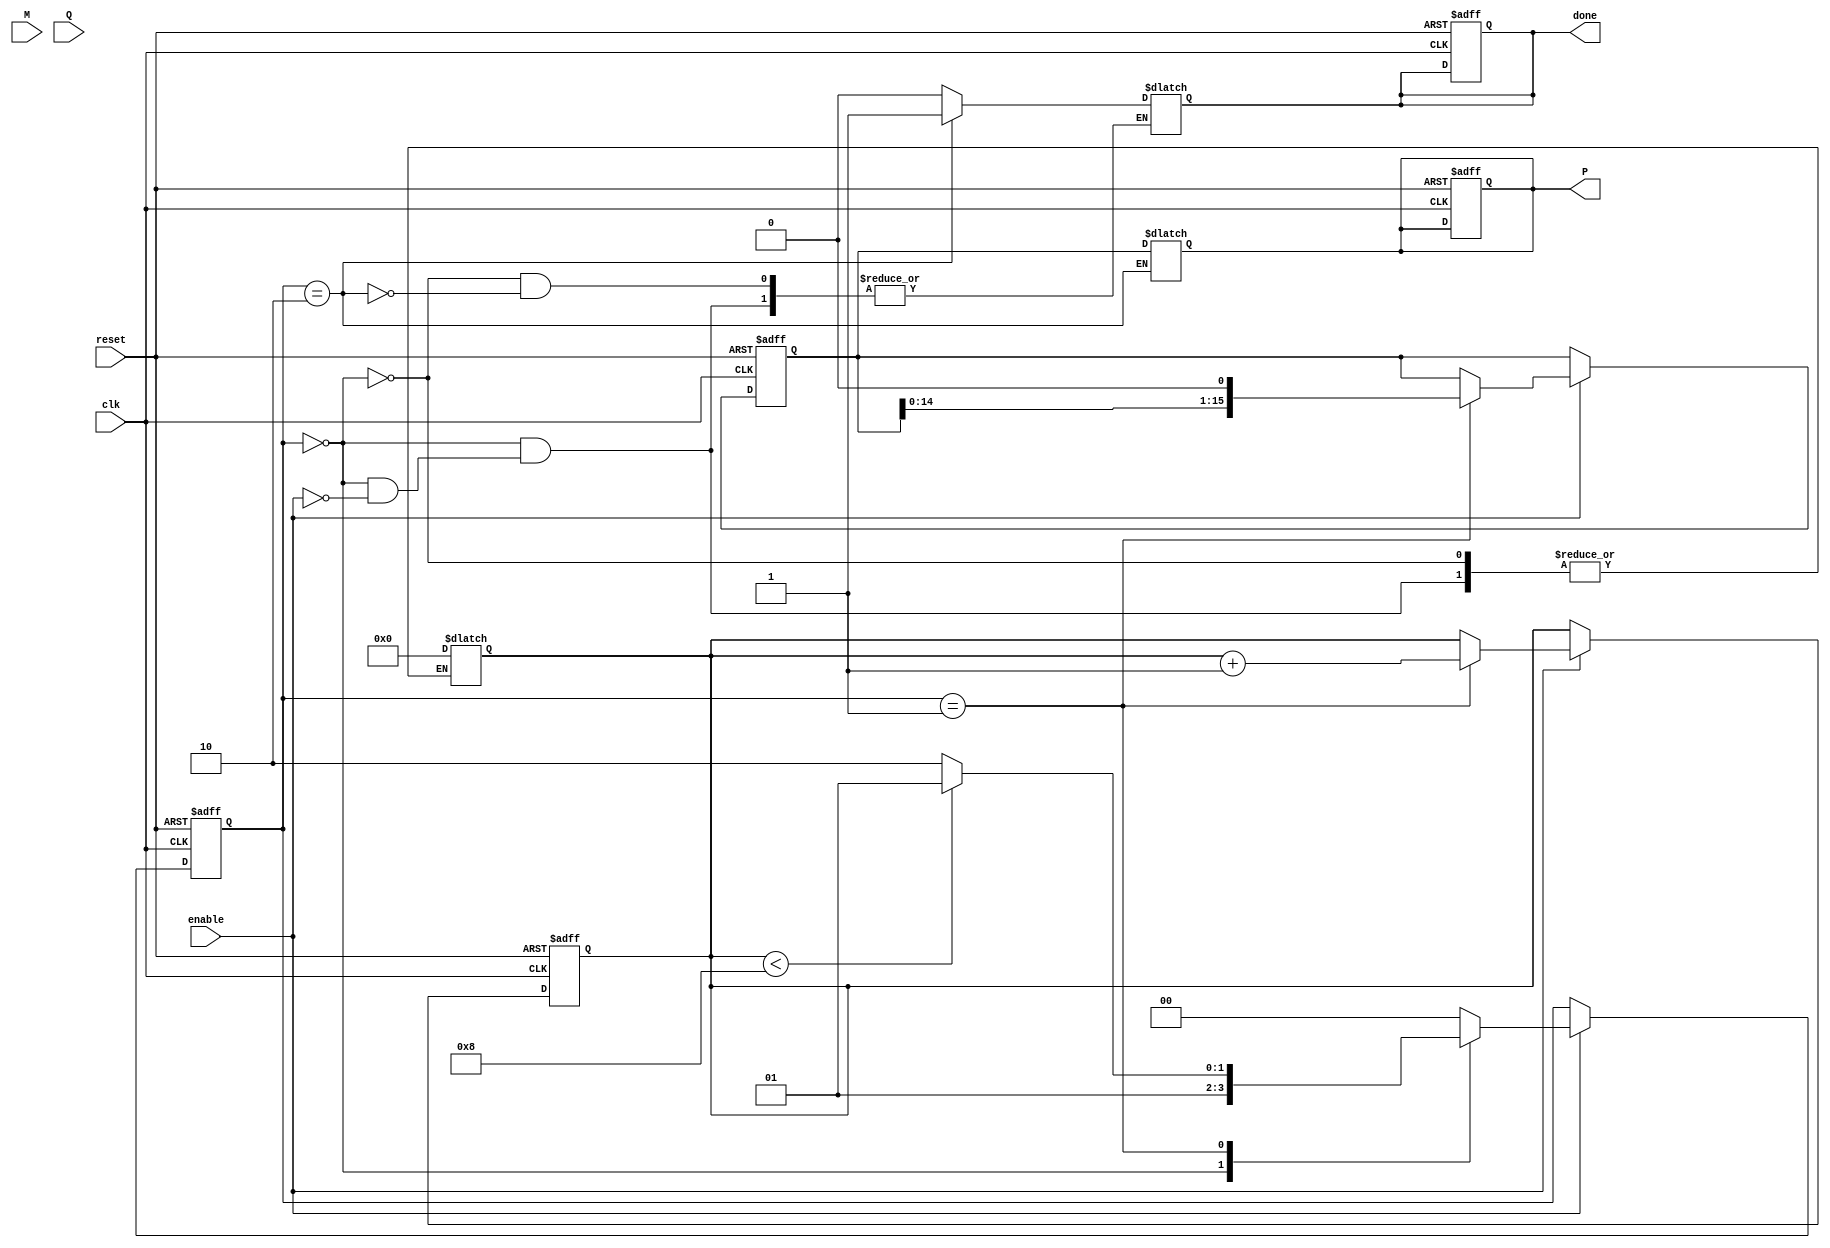
module modified_booth_multiplier #(
    parameter WIDTH = 8 // Bit-width of the operands
)(
    input wire clk,
    input wire reset,
    input wire enable,
    input wire signed [WIDTH-1:0] M, // Multiplicand
    input wire signed [WIDTH-1:0] Q, // Multiplier
    output reg signed [2*WIDTH-1:0] P, // Product
    output reg done // Status signal to indicate completion
);

    reg signed [WIDTH-1:0] M_reg;
    reg signed [WIDTH:0] Q_reg; // Extended for Booth encoding
    reg signed [2*WIDTH-1:0] PP_acc; // Partial product accumulator
    reg [2:0] booth_code; // Booth encoding
    reg [3:0] count; // Count for the number of bits processed

    // State machine for processing
    localparam IDLE = 2'b00, PROCESS = 2'b01, DONE = 2'b10;
    reg [1:0] state, next_state;

    // Booth encoding and partial product generation
    always @(posedge clk or posedge reset) begin
        if (reset) begin
            state <= IDLE;
            P <= 0;
            PP_acc <= 0;
            count <= 0;
            done <= 0;
        end else if (enable) begin
            state <= next_state;
            if (state == PROCESS) begin
                // Booth encoding
                booth_code = {Q_reg[1:0], Q_reg[WIDTH]}; // Qi, Qi-1, Qi-2
                case (booth_code)
                    3'b001: PP_acc <= PP_acc + M_reg; // Add M
                    3'b010: PP_acc <= PP_acc + M_reg; // Add M
                    3'b011: PP_acc <= PP_acc + (M_reg << 1); // Add 2M
                    3'b100: PP_acc <= PP_acc - M_reg; // Subtract M
                    3'b101: PP_acc <= PP_acc - M_reg; // Subtract M
                    3'b110: PP_acc <= PP_acc - (M_reg << 1); // Subtract 2M
                    default: ; // No action
                endcase

                // Shift the accumulator and multiplier
                PP_acc <= PP_acc << 1; // Shift left
                Q_reg <= {Q_reg[WIDTH-1:0], 1'b0}; // Shift Q
                count <= count + 1;
            end
        end
    end

    // State transition logic
    always @(*) begin
        case (state)
            IDLE: begin
                if (enable) begin
                    M_reg = M;
                    Q_reg = {1'b0, Q}; // Extend Q for Booth encoding
                    count = 0;
                    next_state = PROCESS;
                    done = 0;
                end else begin
                    next_state = IDLE;
                end
            end
            PROCESS: begin
                if (count < WIDTH) begin
                    next_state = PROCESS;
                end else begin
                    next_state = DONE;
                end
            end
            DONE: begin
                P = PP_acc; // Assign final product
                done = 1; // Indicate completion
                next_state = IDLE; // Reset to IDLE
            end
            default: next_state = IDLE;
        endcase
    end

endmodule